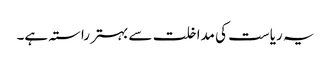
یہ ریاست کی مداخلت سے بہتر راستہ ہے۔